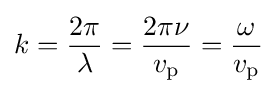
k={\frac {2\pi }{\lambda }}={\frac {2\pi \nu }{v_{\mathrm {p} }}}={\frac {\omega }{v_{\mathrm {p} }}}